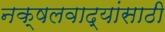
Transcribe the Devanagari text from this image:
नक्षलवाद्यांसाठी